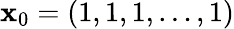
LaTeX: {\mathbf x}_{0}=(1,1,1,\dots,1)